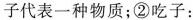
子代表一种物质；②吃子：